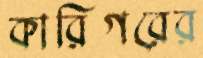
কারিগরের